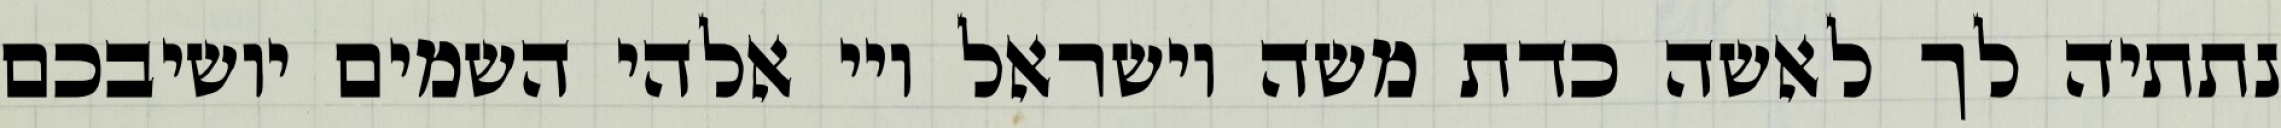
נתתיה לך לאשה כדת משה וישראל ויי אלהי השמים יושיבכם